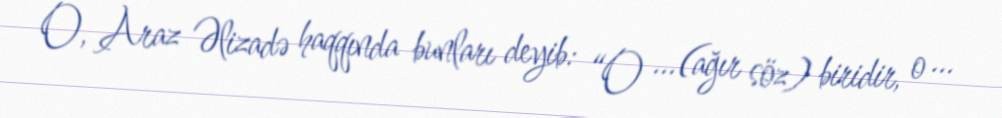
O, Araz Əlizadə haqqında bunları deyib: “O ...(ağır söz) biridir, o ...